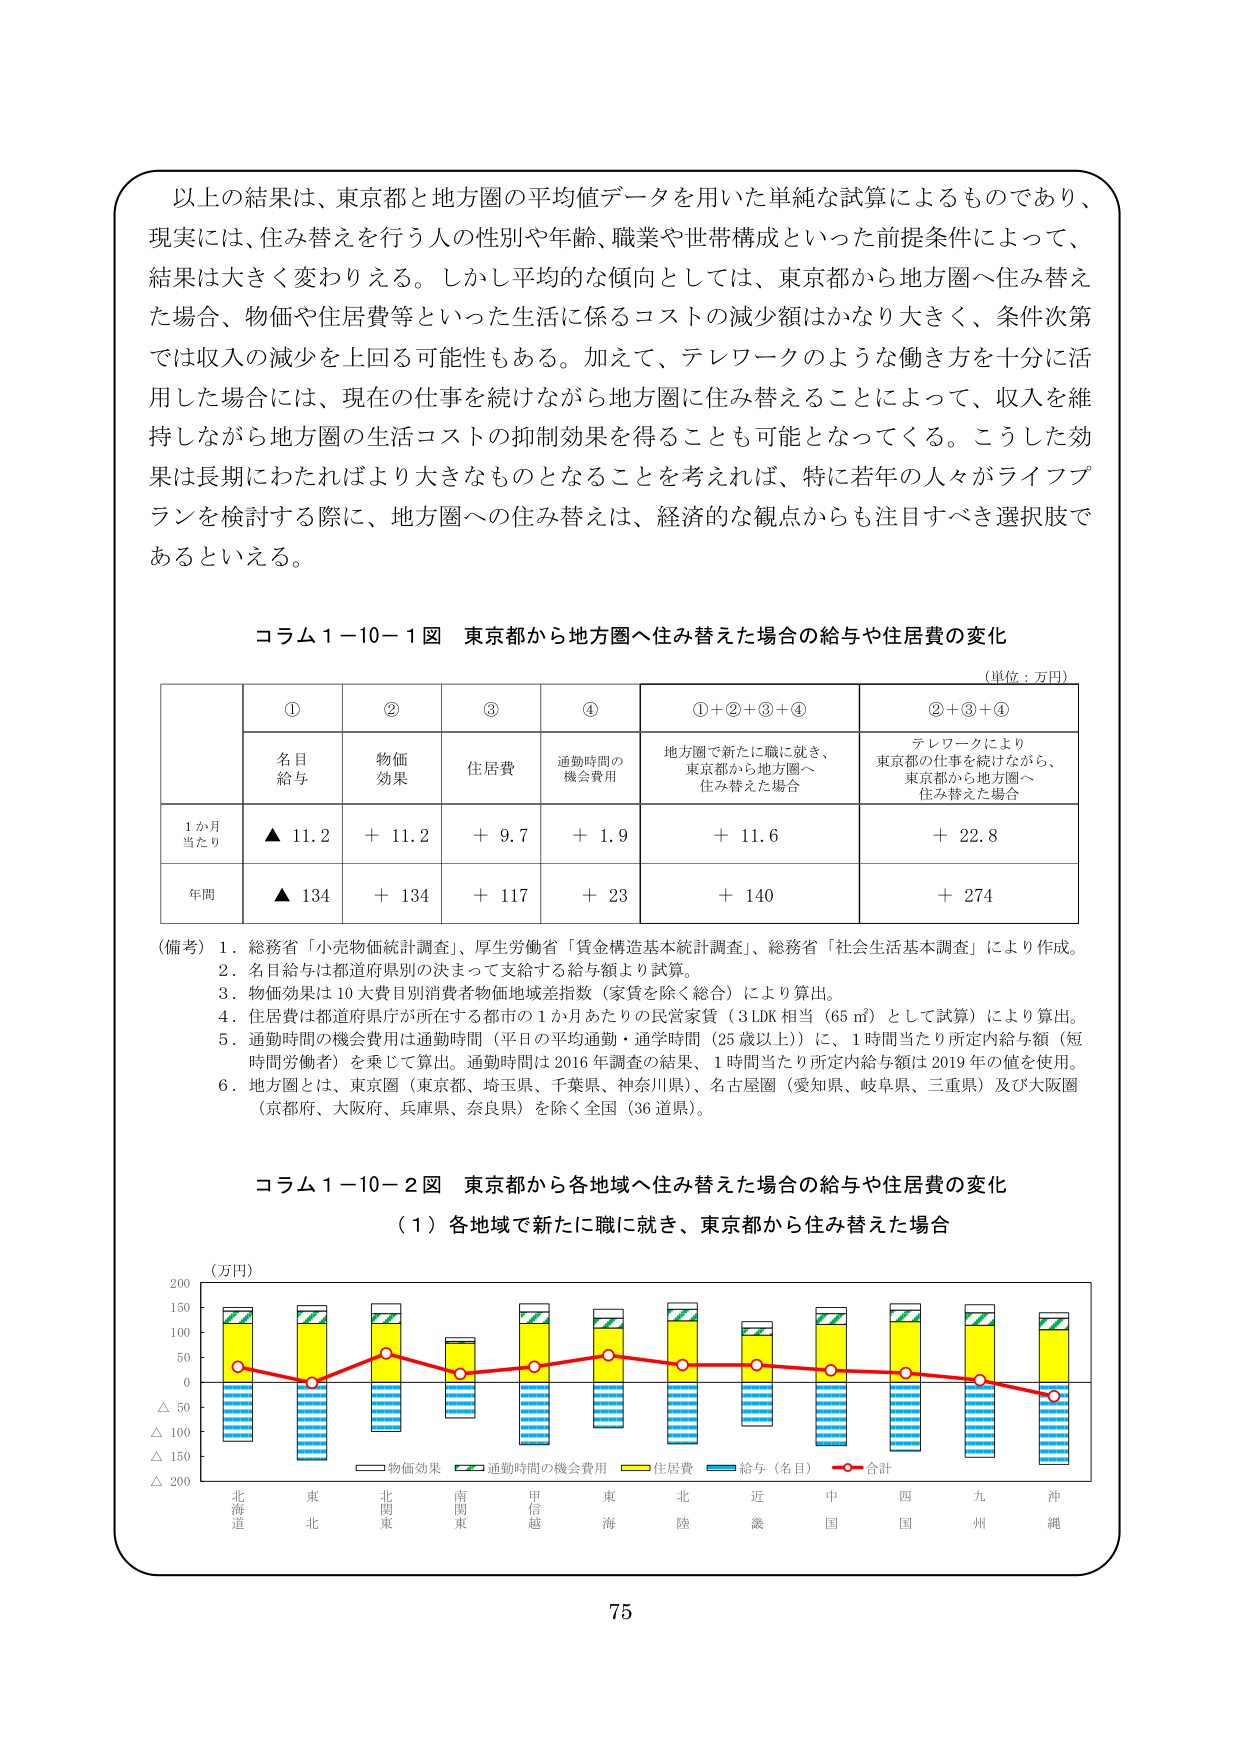
以上の結果は、東京都と地方圏の平均値データを用いた単純な試算によるものであり、
現実には、住み替えを行う人の性別や年齢、職業や世帯構成といった前提条件によって、
結果は大きく変わりえる。しかし平均的な傾向としては、東京都から地方圏へ住み替え
た場合、物価や住居費等といった生活に係るコストの減少額はかなり大きく、条件次第
では収入の減少を上回る可能性もある。加えて、テレワークのような働き方を十分に活
用した場合には、現在の仕事を続けながら地方圏に住み替えることによって、収入を維
持しながら地方圏の生活コストの抑制効果を得ることも可能となってくる。こうした効
果は長期にわたりればより大きなものとなることを考えれば、特に若年の人々がライフプ
ランを検討する際に、地方圏への住み替えは、経済的な観点からも注目すべき選択肢で
あるといえる。

コラム１－１０－１図 東京都から地方圏へ住み替えた場合の給与や住居費の変化
（単位：万円）

①　　　　　②　　　　　③　　　　　④　　　　　①＋②＋③＋④　　　　　②＋③＋④
名目
給与　　　物価
効果　　　住居費　　　通勤時間の
機会費用　　　地方圏で新たに職に就き、
東京都から地方圏へ
住み替えた場合　　　テレワークにより
東京都の仕事を続けながら、
東京都から地方圏へ
住み替えた場合

１か月
当たり　▲ 11.2　＋ 11.2　＋ 9.7　＋ 1.9　＋ 11.6　＋ 22.8
年間　▲ 134　＋ 134　＋ 117　＋ 23　＋ 140　＋ 274

（備考）
１．総務省「小売物価統計調査」、厚生労働省「賃金構造基本統計調査」、総務省「社会生活基本調査」により作成。
２．名目給与は都道府県別の決まって支給する給与額より試算。
３．物価効果は10大費目別消費者物価地域差指数（家賃を除く総合）により算出。
４．住居費は都道府県庁が所在する都市の1か月あたりの民営家賃（3LDK相当（65㎡）として試算）により算出。
５．通勤時間の機会費用は通勤時間（平日の平均通勤・通学時間（25歳以上））に、1時間当たり所定内給与額（短時間労働者）を乗じて算出。通勤時間は2016年調査の結果、1時間当たり所定内給与額は2019年の値を使用。
６．地方圏とは、東京圏（東京都、埼玉県、千葉県、神奈川県）、名古屋圏（愛知県、岐阜県、三重県）及び大阪圏（京都府、大阪府、兵庫県、奈良県）を除く全国（36道県）。

コラム１－１０－２図 東京都から各地域へ住み替えた場合の給与や住居費の変化
（１）各地域で新たに職に就き、東京都から住み替えた場合

（万円）
200
150
100
50
0
△ 50
△ 100
△ 150
△ 200

北海道　東北　北関東　南関東　甲信越　東海　北陸　近畿　中国　四国　九州　沖縄

物価効果　通勤時間の機会費用　住居費　給与（名目）　合計

75